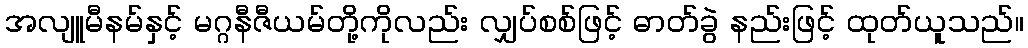
အလျူမီနမ်နှင့် မဂ္ဂနီဇီယမ်တို့ကိုလည်း လျှပ်စစ်ဖြင့် ဓာတ်ခွဲ နည်းဖြင့် ထုတ်ယူသည်။